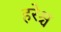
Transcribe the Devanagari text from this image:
हरेश्च